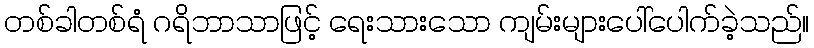
တစ်ခါတစ်ရံ ဂရိဘာသာဖြင့် ရေးသားသော ကျမ်းများပေါ်ပေါက်ခဲ့သည်။